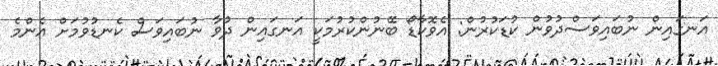
އަނގައިން ނުބައިވަސްދުވުން ކުޑަކުރުން: އެވޮކާޑޯ ބޭނުންކުރުމަކީ އަނގައިން ދުވާ ނުބައިވަސް ކެނޑުވުމަށް އެންމެ